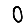
Digit: 0